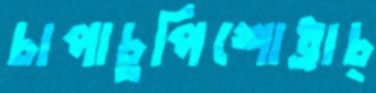
চাপাচুপিশোধ্‌রাচ্